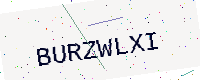
Text: BURZWLXI